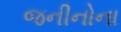
જનીનોના